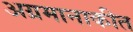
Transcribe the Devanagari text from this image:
अग्रमानाकीत